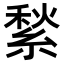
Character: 𦂎